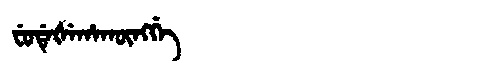
Manchu: ᠸᡠᡩᡝᡧᡝᡥᠠᡴᡡᠩᡤᡝ
Romanization: FUDEŠEHAKŪNGGE